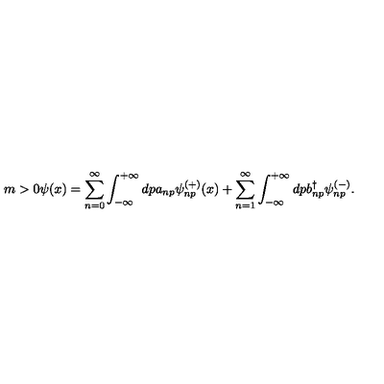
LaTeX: m > 0 \psi ( x ) = \sum _ { n = 0 } ^ { \infty } \int _ { - \infty } ^ { + \infty } d p a _ { n p } \psi _ { n p } ^ { ( + ) } ( x ) + \sum _ { n = 1 } ^ { \infty } \int _ { - \infty } ^ { + \infty } d p b _ { n p } ^ { \dag } \psi _ { n p } ^ { ( - ) } .